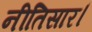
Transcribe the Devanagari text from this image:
नीतिसार।